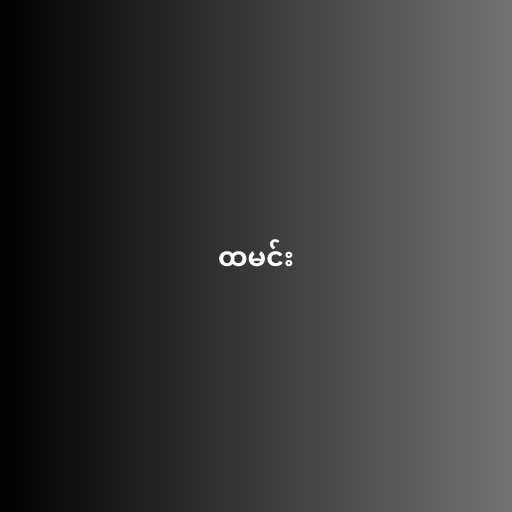
ထမင်း